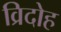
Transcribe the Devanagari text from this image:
व्रिदोह